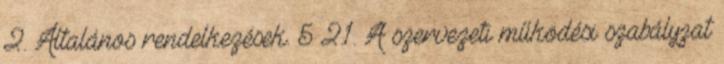
2. Általános rendelkezések. 5 2.1. A szervezeti működési szabályzat